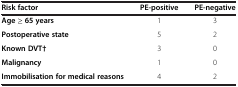
| Risk factor | PE-positive | PE-negative |
 | --- | --- | --- |
 | Age ≥ 65 years | 1 | 3 |
 | Postoperative state | 5 | 2 |
 | Known DVT† | 3 | 0 |
 | Malignancy | 1 | 0 |
 | Immobilisation for medical reasons | 4 | 2 |